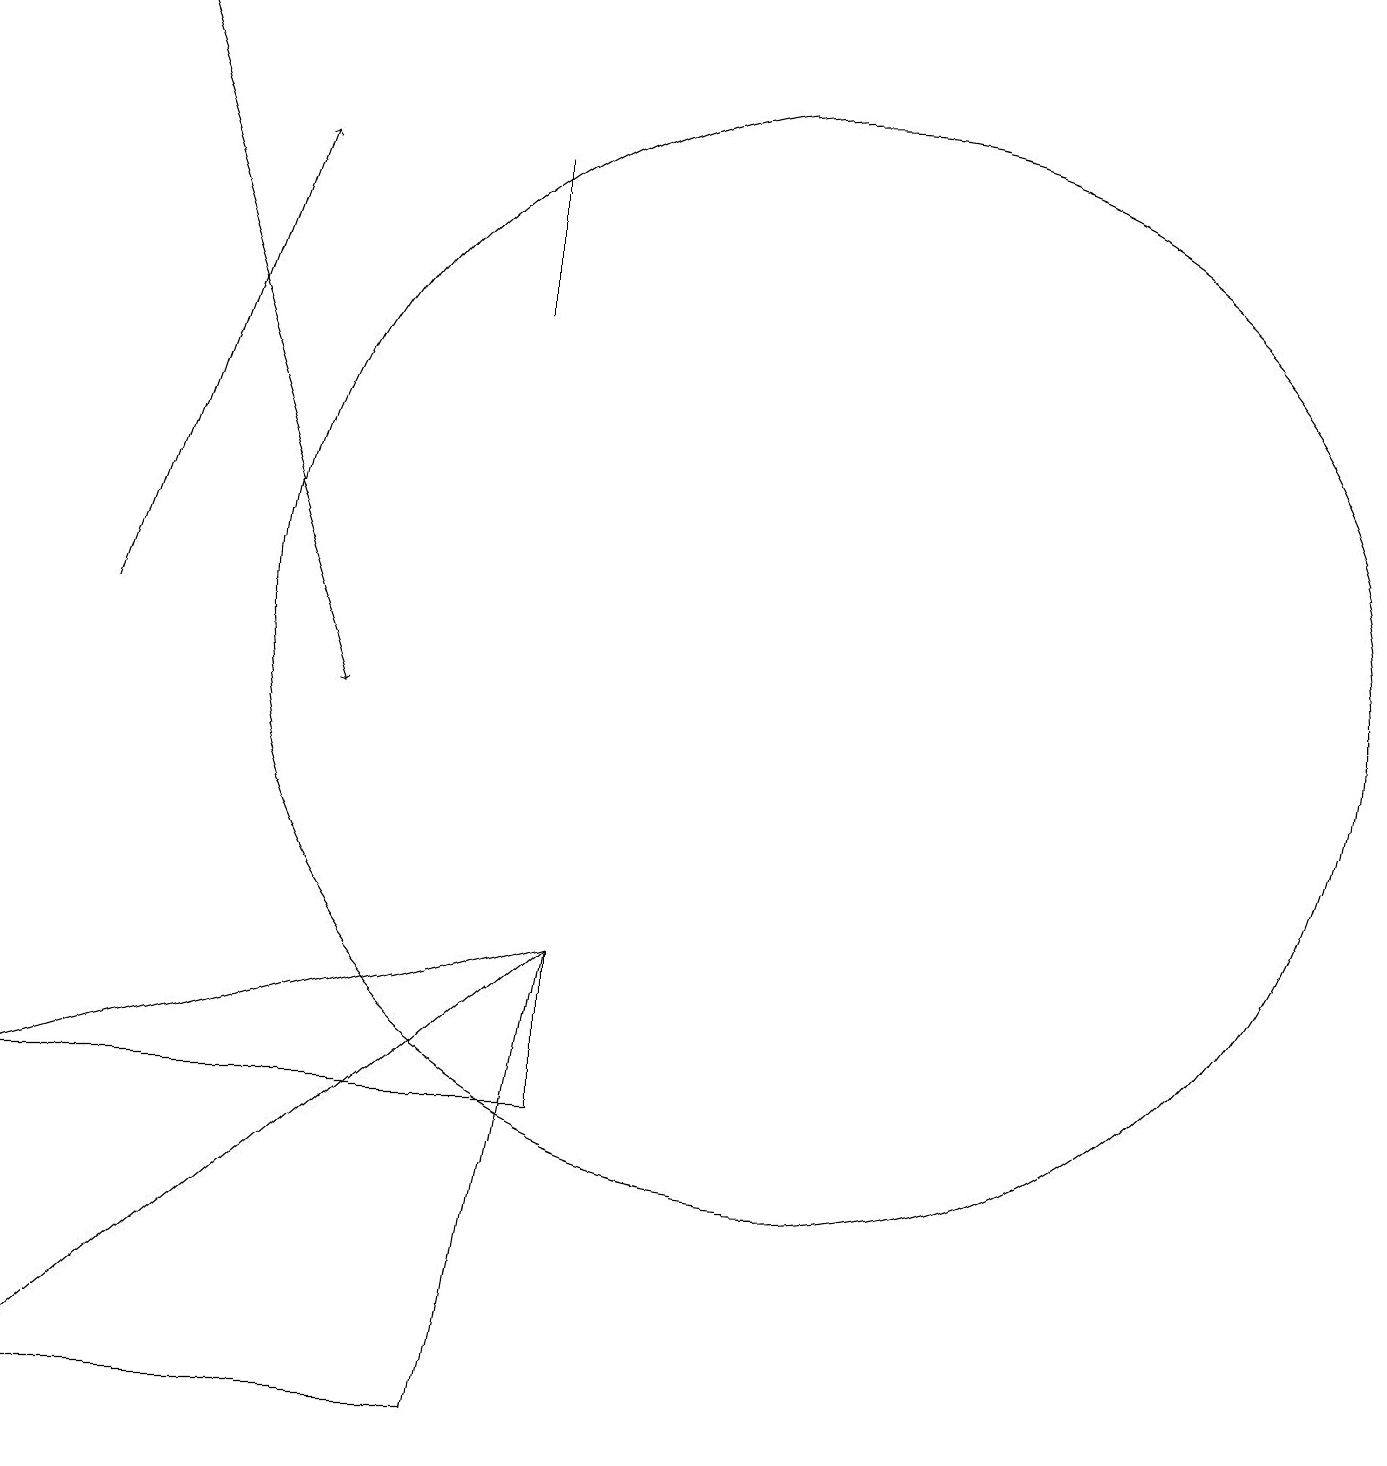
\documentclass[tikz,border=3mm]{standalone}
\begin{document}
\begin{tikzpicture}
\draw[->] (2,11) -- (4,17);
\draw[->] (2,19) -- (5,10);
\draw (1,5) -- (8,5) -- (8,7) -- cycle;
\draw (7,15) rectangle (7,17);
\draw (8,7) -- (7,1) -- (1,1) -- cycle;
\draw (11,11) circle (7);
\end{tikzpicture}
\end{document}